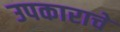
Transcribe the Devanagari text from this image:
उपकाराचे